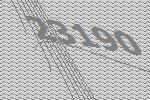
23190